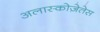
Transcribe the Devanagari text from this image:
अलास्कोज़ेतेस